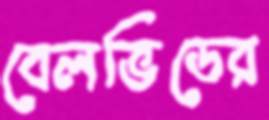
বেলভিডের